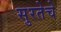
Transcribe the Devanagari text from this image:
सुरतेचे